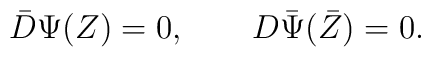
\bar D\Psi(Z)=0, \qquad D\bar\Psi(\bar Z)=0.